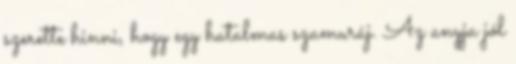
szerette hinni, hogy egy hatalmas szamuráj. Az anyja jól